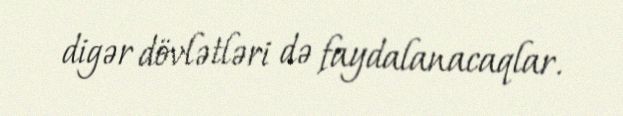
digər dövlətləri də faydalanacaqlar.